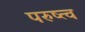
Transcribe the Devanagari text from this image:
परुष्त्व